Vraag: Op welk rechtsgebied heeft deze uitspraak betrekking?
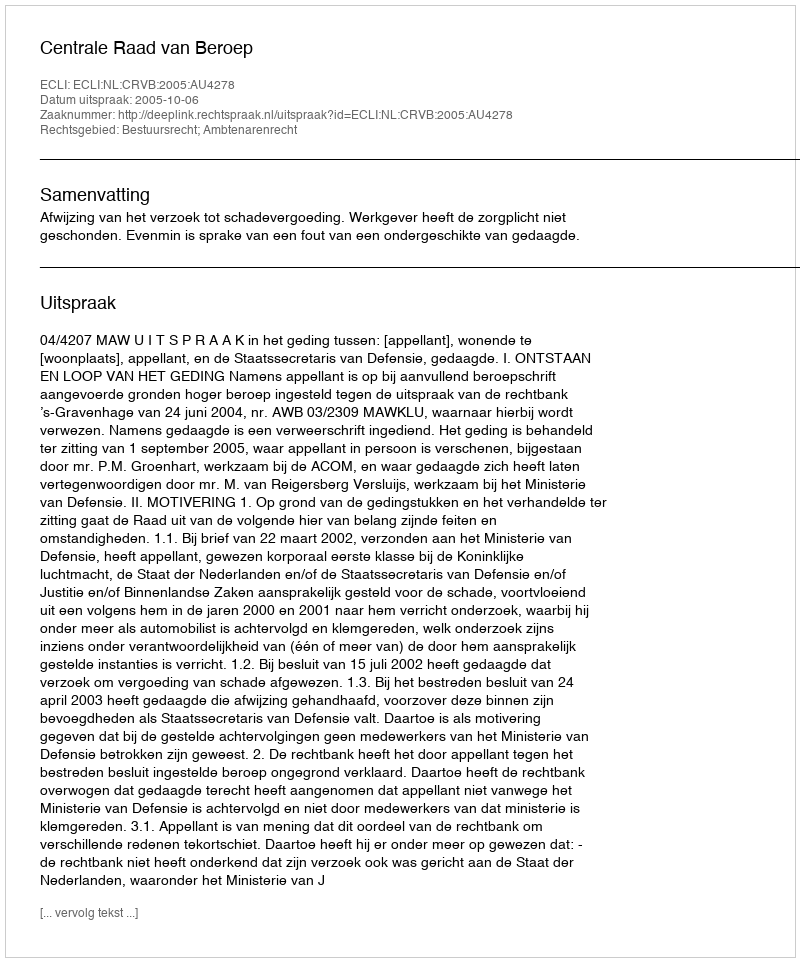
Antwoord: Bestuursrecht; Ambtenarenrecht